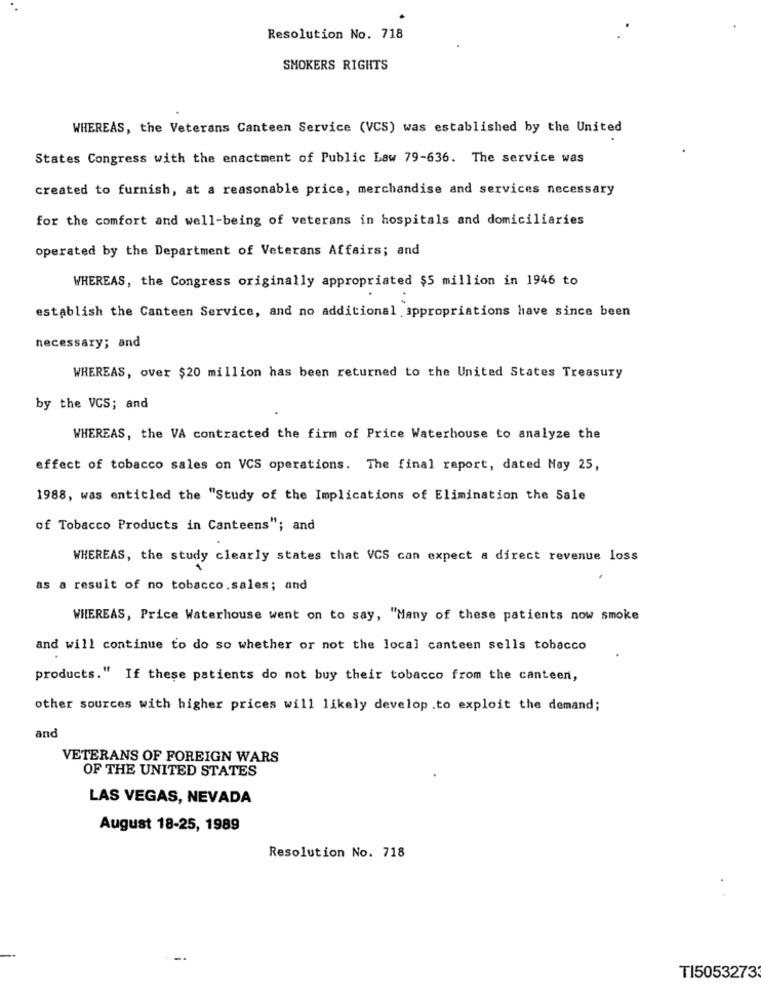
Resolution No. 718
SMOKERS RIGHTS
WHEREAS, the Veterans Canteen Service (VCS) was established by the United
States Congress with the enactment of Public Law 79-636. The service was
created to furnish, at a reasonable price, merchandise and services necessary
for the comfort and well-being of veterans in hospitals and domiciliaries
operated by the Department of Veterans Affairs; and
WHEREAS, the Congress originally appropriated $5 million in 1946 to
establish the Canteen Service, and no additional appropriations have since been
necessary; and
WHEREAS, over $20 million has been returned to the United States Treasury
by the VCS; and
WHEREAS, the VA contracted the firm of Price Waterhouse to analyze the
effect of tobacco sales on VCS operations. The final report, dated Nay 25,
1988, was entitled the "Study of the Implications of Elimination the Sale
of Tobacco Products in Canteens"; and
WHEREAS, the study clearly states that VCS can expect a direct revenue loss
as a result of no tobacco.sales; and
WHEREAS, Price Waterhouse went on to say, "Many of these patients now smoke
and will continue to do so whether or not the local canteen sells tobacco
products." If these patients do not buy their tobacco from the canteen,
other sources with higher prices will likely develop .to exploit the demand;
and
VETERANS OF FOREIGN WARS
OF THE UNITED STATES
LAS VEGAS, NEVADA
August 18-25, 1989
Resolution No. 718
TI5053273